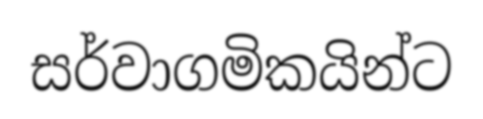
සර්වාගමිකයින්ට